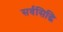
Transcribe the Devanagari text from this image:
सर्वसिद्धि